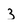
Character: 3